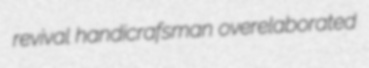
revival handicrafsman overelaborated